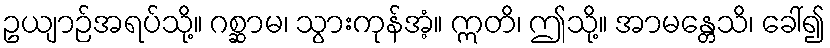
ဥယျာဉ်အရပ်သို့။ ဂစ္ဆာမ၊ သွားကုန်အံ့။ ဣတိ၊ ဤသို့။ အာမန္တေသိ၊ ခေါ်၍